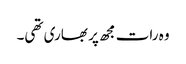
وہ رات مجھ پر بھاری تھی۔